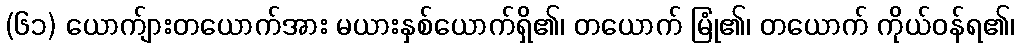
(၆၁) ယောက်ျားတယောက်အား မယားနှစ်ယောက်ရှိ၏၊ တယောက် မြုံ၏၊ တယောက် ကိုယ်ဝန်ရ၏၊